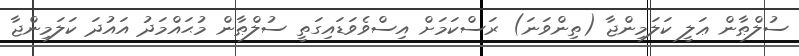
ސުލްޠާން ޢަލީ ކަލަމިންޖާ (ތިންވަނަ) ރަސްކަމަށް އިސްވެވަޑައިގަތީ ސުލްޠާން މުޙައްމަދު އައުދަ ކަލަމިންޖާ